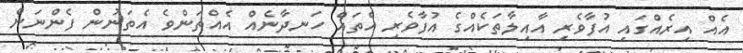
އެއް އިރެއްގައި އުފާވެރި އާއިލާތަކެއްގެ އުފާވެރި އެތައް ހަނދާނެއް އެއްތަންވެ އެތަނުން ފެންނަން